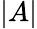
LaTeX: \vert A\vert